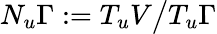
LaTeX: N_{u}\Gamma:=T_{u}V\big/T_{u}\Gamma